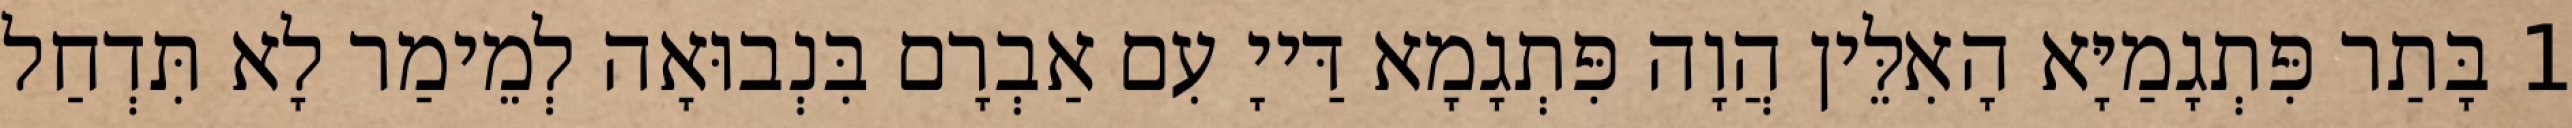
1 בָּתַר פִּתְגָמַיָּא הָאִלֵּין הֲוָה פִּתְגָמָא דַּייָ עִם אַבְרָם בִּנְבוּאָה לְמֵימַר לָא תִּדְחַל